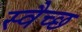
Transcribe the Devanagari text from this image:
स्वैच्छ